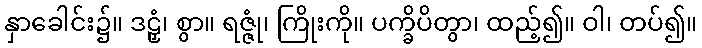
နှာခေါင်း၌။ ဒဠှံ၊ စွာ။ ရဇ္ဇုံ၊ ကြိုးကို။ ပက္ခိပိတွာ၊ ထည့်၍။ ဝါ၊ တပ်၍။